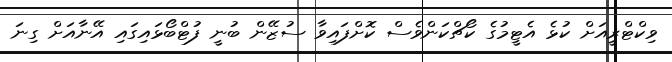
ވިކްޓްރީއަށް ކުޅެ އެޓީމުގެ ކޯޗްކަންވެސް ކޮށްފައިވާ ސުޒޭން ބުނީ ފުޓްބޯޅައިގައި އޭނާއަށް ގިނަ